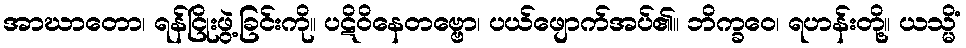
အာဃာတော၊ ရန်ငြိုးဖွဲ့ခြင်းကို။ ပဋိဝိနေတဗ္ဗော၊ ပယ်ဖျောက်အပ်၏။ ဘိက္ခဝေ၊ ရဟန်းတို့။ ယသ္မိံ